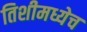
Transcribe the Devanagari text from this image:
तिशीमध्येच